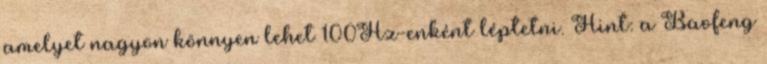
amelyet nagyon könnyen lehet 100Hz-enként léptetni. Hint: a Baofeng